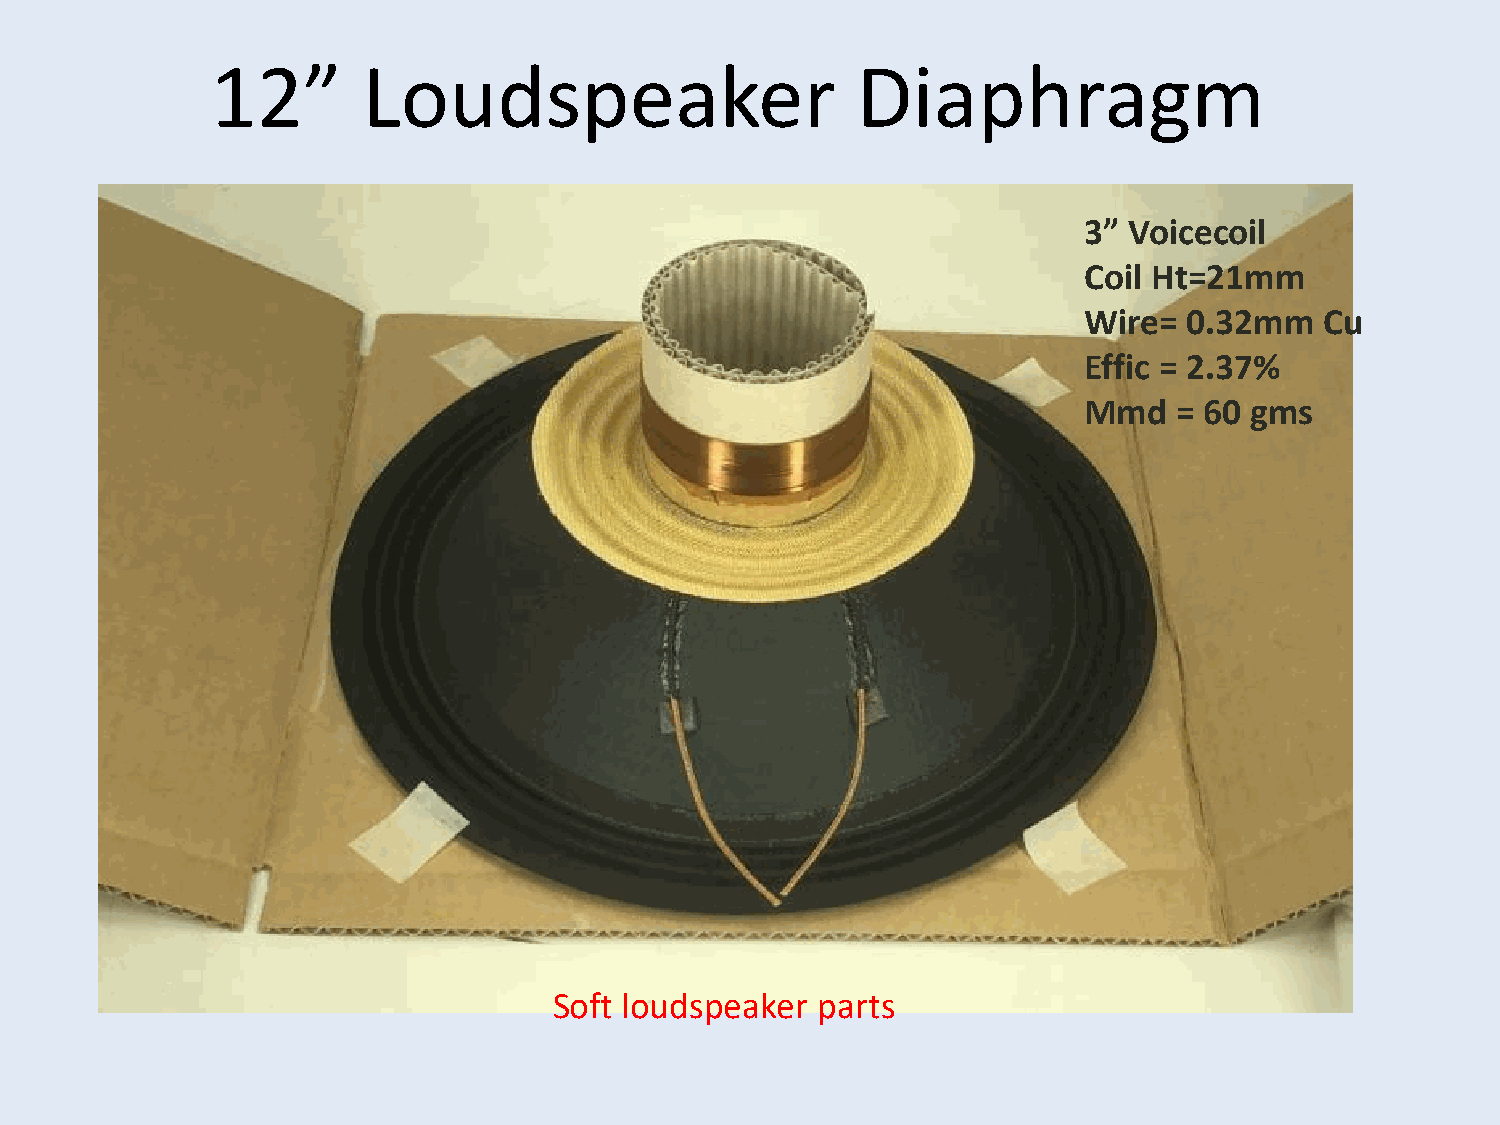
12”       Loudspeaker                      Diaphragm
 3” Voicecoil
 Coil Ht=21mm
 Wire=  0.32mm   Cu
 Effic = 2.37%
 Mmd   = 60 gms
 Soft loudspeaker parts